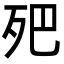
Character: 𣧜